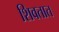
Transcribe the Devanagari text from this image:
शिवतात